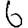
Digit: 6